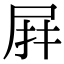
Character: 𭕙